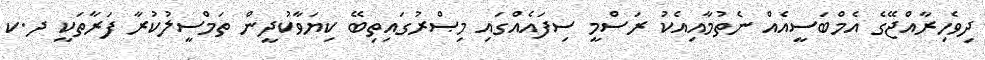
ދިވެހިރާއްޖޭގެ އެމްބަސީއެއް ނެތުމާއިއެކު ރަސްމީ ސިފައެއްގައި މިޞްރުގައިތިބޭ ކިޔަވާކުދީން ތަމްސީލުކުރާ ފަރާތަކީ ދ.ކ